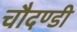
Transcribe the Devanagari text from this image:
चौदण्डी